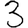
Digit: 3